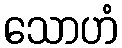
သောဟံ